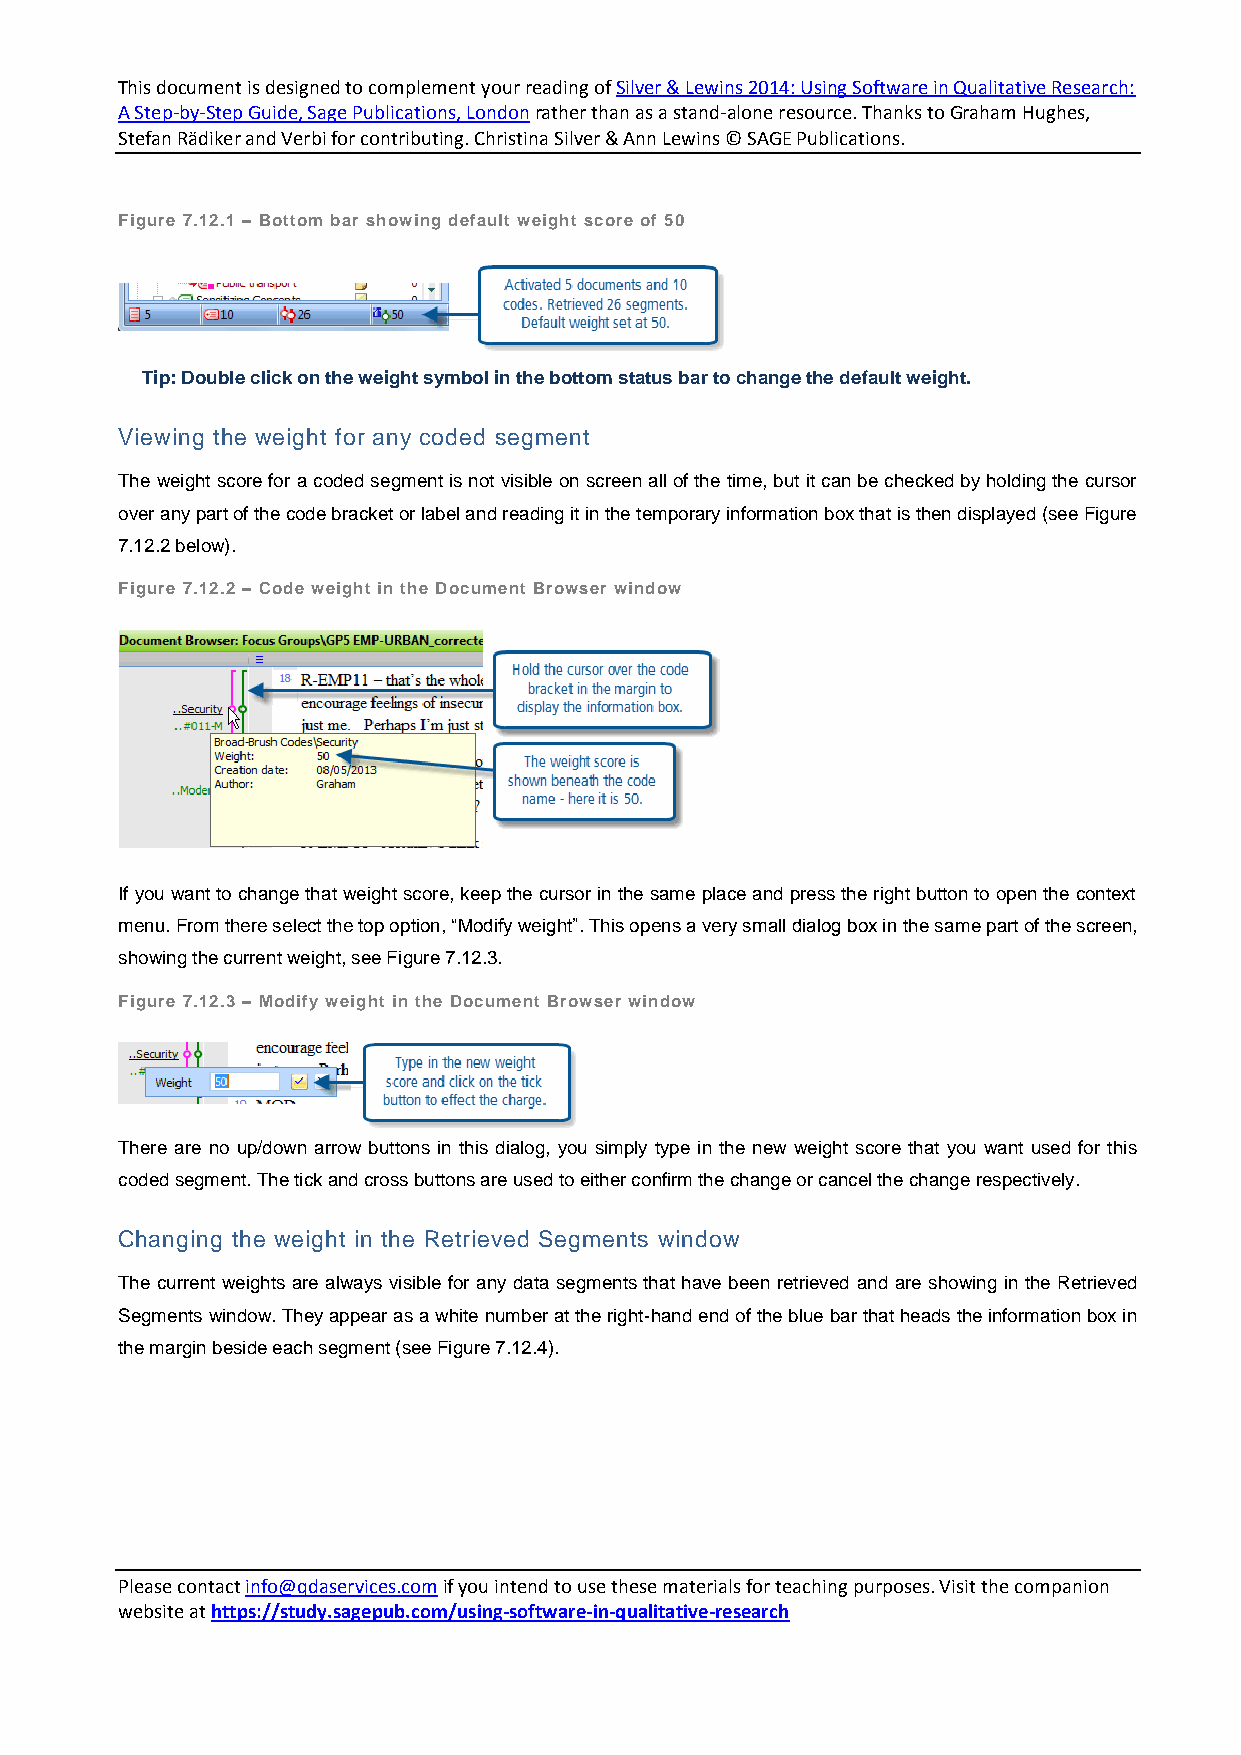
This document is designed to complement your reading of Silver & Lewins 2014: Using Software in Qualitative Research:
 A Step-by-Step Guide, Sage Publications, London rather than as a stand-alone resource. Thanks to Graham Hughes,
 Stefan Rädiker and Verbi for contributing. Christina Silver & Ann Lewins © SAGE Publications.
 Figure 7.12.1 – Bottom bar showing default weight score of 50
 Tip: Double click on the weight symbol in the bottom status bar to change the default weight.
 Viewing the weight for any coded segment
 The weight score for a coded segment is not visible on screen all of the time, but it can be checked by holding the cursor
 over any part of the code bracket or label and reading it in the temporary information box that is then displayed (see Figure
 7.12.2 below).
 Figure 7.12.2 – Code weight in the Document Browser window
 If you want to change that weight score, keep the cursor in the same place and press the right button to open the context
 menu. From there select the top option, “Modify weight”. This opens a very small dialog box in the same part of the screen,
 showing the current weight, see Figure 7.12.3.
 Figure 7.12.3 – Modify weight in the Document Browser window
 There are no up/down arrow buttons in this dialog, you simply type in the new weight score that you want used for this
 coded segment. The tick and cross buttons are used to either confirm the change or cancel the change respectively.
 Changing the weight in the Retrieved Segments window
 The current weights are always visible for any data segments that have been retrieved and are showing in the Retrieved
 Segments window. They appear as a white number at the right-hand end of the blue bar that heads the information box in
 the margin beside each segment (see Figure 7.12.4).
 Please contact info@qdaservices.com if you intend to use these materials for teaching purposes. Visit the companion
 website at https://study.sagepub.com/using-software-in-qualitative-research